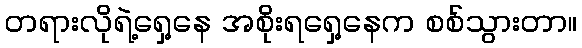
တရားလိုရဲ့ရှေ့နေ အစိုးရရှေ့နေက စစ်သွားတာ။